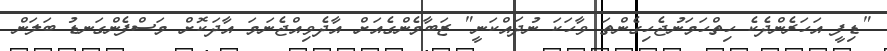
"ޑިފީ އަހަރެންދެކެ ހިތްހަމަނުޖެހިގެންތަ ވާހަކަ ނުދައްކަނީ" ޒަބާމެންގެއަށް އާދެވިއްޖެނަމަ އާދަކޮށް މަސްފެންގަނޑު ބަލަން